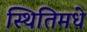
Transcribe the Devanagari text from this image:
स्थितिमधे